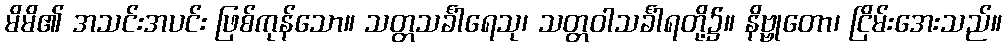
မိမိ၏ အသင်းအပင်း ဖြစ်ကုန်သော။ သတ္တသင်္ခါရေသု၊ သတ္တဝါသင်္ခါရတို့၌။ နိဗ္ဗုတော၊ ငြိမ်းအေးသည်။